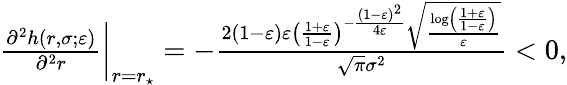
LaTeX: \begin{array}{r}{\frac{\partial^{2}h(r,\sigma;\varepsilon)}{\partial^{2}r}\bigg|_{r=r_{\star}}=-\frac{2(1-\varepsilon)\varepsilon\left(\frac{1+\varepsilon}{1-\varepsilon}\right)^{-\frac{(1-\varepsilon)^{2}}{4\varepsilon}}\sqrt{\frac{\log\left(\frac{1+\varepsilon}{1-\varepsilon}\right)}{\varepsilon}}}{\sqrt{\pi}\sigma^{2}}<0,}\end{array}